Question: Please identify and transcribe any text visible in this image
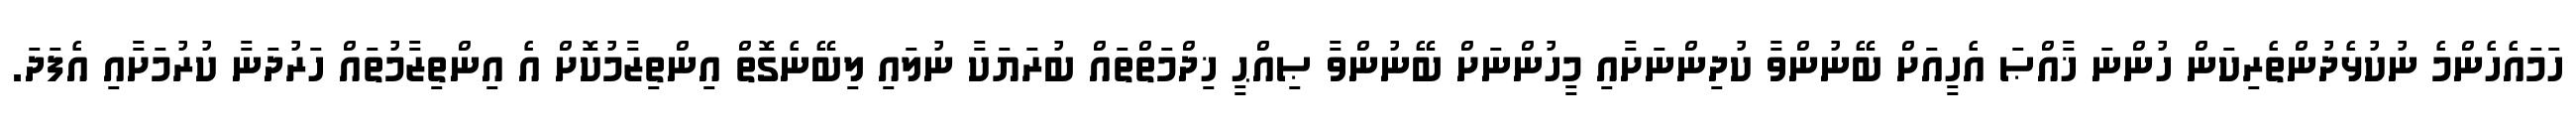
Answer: ހަމައެހެންމެ ނުކުޅެދުންތެރިކަން ހުންނަ ޚާއްޞަ އެހީއަށް ބޭނުންވާ ކުދިންނަށާއި މީހުންނަށް ބޭނުންވާ ޞިއްޙީ ޚިދްމަތްތައް ބުރަޔަކާ ނުލައި ލިބޭނެގޮތް އިންތިޒާމުކޮށް އެ އިންތިޒާމުތައް ހަރުދަނާ ކުރުމަށާއި އެފަދަ.